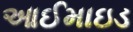
આઈમાઇડ